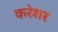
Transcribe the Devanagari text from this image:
करेशर